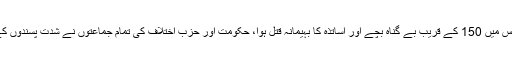
دسمبر میں شدت پسندوں کی طرف سےپشاور کےآرمی پبلک اسکول پر حملے کے بعد، جِس میں 150 کے قریب بے گناہ بچے اور اساتذہ کا بہیمانہ قتل ہوا، حکومت اور حزب اختلاف کی تمام جماعتوں نے شدت پسندوں کے خلاف ایک وسیع تر ’قومی ایکشن پلان‘ کی منظوری دی، جِس پہ عمل درآمد جاری ہے۔